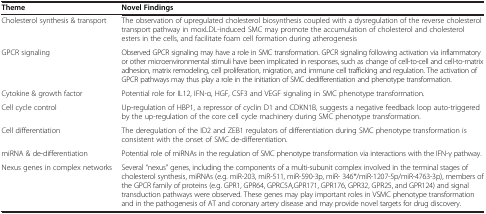
| Theme | Novel Findings |
 | --- | --- |
 | Cholesterol synthesis & transport | The observation of upregulated cholesterol biosynthesis coupled with a dysregulation of the reverse cholesterol transport pathway in moxLDL-induced SMC may promote the accumulation of cholesterol and cholesterol esters in the cells, and facilitate foam cell formation during atherogenesis |
 | GPCR signaling | Observed GPCR signaling may have a role in SMC transformation. GPCR signaling following activation via inflammatory or other microenvironmental stimuli have been implicated in responses, such as change of cell-to-cell and cell-to-matrix adhesion, matrix remodeling, cell proliferation, migration, and immune cell trafficking and regulation. The activation of GPCR pathways may thus play a role in the initiation of SMC dedifferentiation and phenotype transformation. |
 | Cytokine & growth factor | Potential role for IL12, IFN-α, HGF, CSF3 and VEGF signaling in SMC phenotype transformation. |
 | Cell cycle control | Up-regulation of HBP1, a repressor of cyclin D1 and CDKN1B, suggests a negative feedback loop auto-triggered by the up-regulation of the core cell cycle machinery during SMC phenotype transformation. |
 | Cell differentiation | The deregulation of the ID2 and ZEB1 regulators of differentiation during SMC phenotype transformation is consistent with the onset of SMC de-differentiation. |
 | miRNA & de-differentiation | Potential role of miRNAs in the regulation of SMC phenotype transformation via interactions with the IFN-γ pathway. |
 | Nexus genes in complex networks | Several “nexus” genes, including the components of a multi-subunit complex involved in the terminal stages of cholesterol synthesis, miRNAs (e.g. miR-203, miR-511, miR-590-3p, miR- 346*/miR-1207-5p/miR-4763-3p), members of the GPCR family of proteins (e.g. GPR1, GPR64, GPRC5A,GPR171, GPR176, GPR32, GPR25, and GPR124) and signal transduction pathways were observed. These genes may play important roles in VSMC phenotype transformation and in the pathogenesis of AT and coronary artery disease and may provide novel targets for drug discovery. |